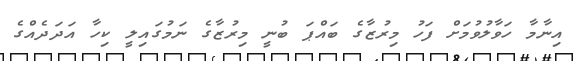
އިނާމާ ހަވާލުވުމަށް ފަހު މިރުޒާގެ ބައްޕަ ބުނީ މިރުޒާގެ ނަމުގައިލީ ކިހާ އަދަދެއްގެ